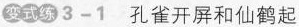
变式练3-1 孔雀开屏和仙鹤起